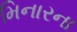
મિનારના